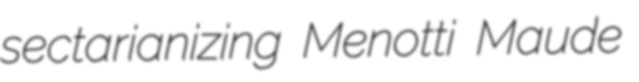
sectarianizing Menotti Maude